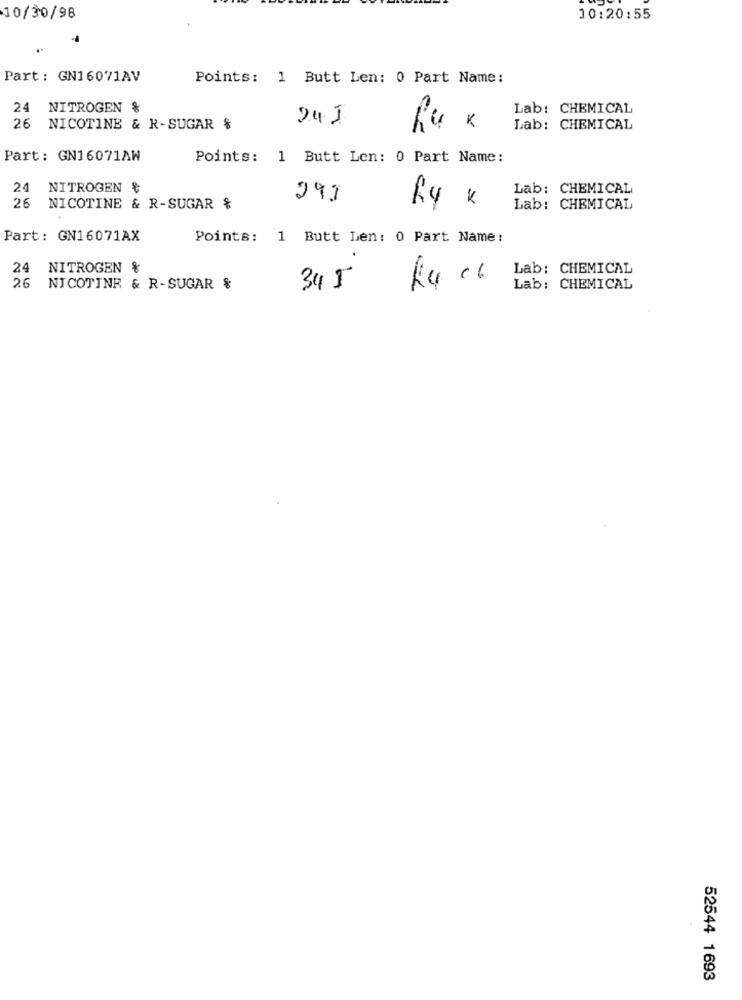
10/30/98
10:20:55
Part : GN16071AV
Points: 1 Butt Len: 0 Part Name:
24 NITROGEN &
Lab: CHEMICAL
241
26 NICOTINE & R-SUGAR %
Ru
Lab: CHEMICAL
Part: GN16071AW
Points: 1 Butt Len: 0 Part Name:
24 NITROGEN &
Lab: CHEMICAL
26 NICOTINE & R-SUGAR &
Lab: CHEMICAL
Part: GN16071AX
Points: 1 Butt Len: 0 Part Name:
.
24 NITROGEN %
Lab: CHEMICAL
26
NICOTINE & R-SUGAR &
345
Lab: CHEMICAL
52544 1693